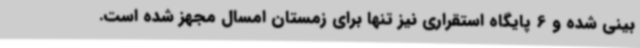
بینی شده و 6 پایگاه استقراری نیز تنها برای زمستان امسال مجهز شده است.